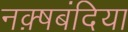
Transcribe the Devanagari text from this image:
नक़्षबंदिया